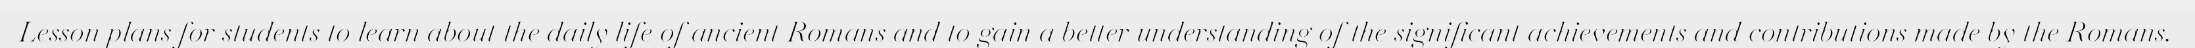
Lesson plans for students to learn about the daily life of ancient Romans and to gain a better understanding of the significant achievements and contributions made by the Romans.